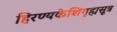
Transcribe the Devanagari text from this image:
हिरण्यकेशिगृह्यसूत्र